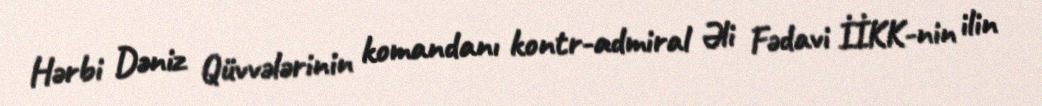
Hərbi Dəniz Qüvvələrinin komandanı kontr-admiral Əli Fədavi İİKK-nin ilin